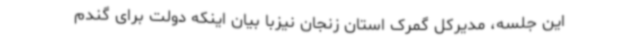
این جلسه، مدیرکل گمرک استان زنجان نیزبا بیان اینکه دولت برای گندم